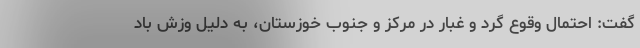
گفت: احتمال وقوع گرد و غبار در مرکز و جنوب خوزستان، به دلیل وزش باد